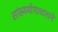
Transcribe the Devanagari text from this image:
सांख्ययोगाधाराने